Vaccination in Bombay 1924-1928 - 1924-1928
Year: 1924
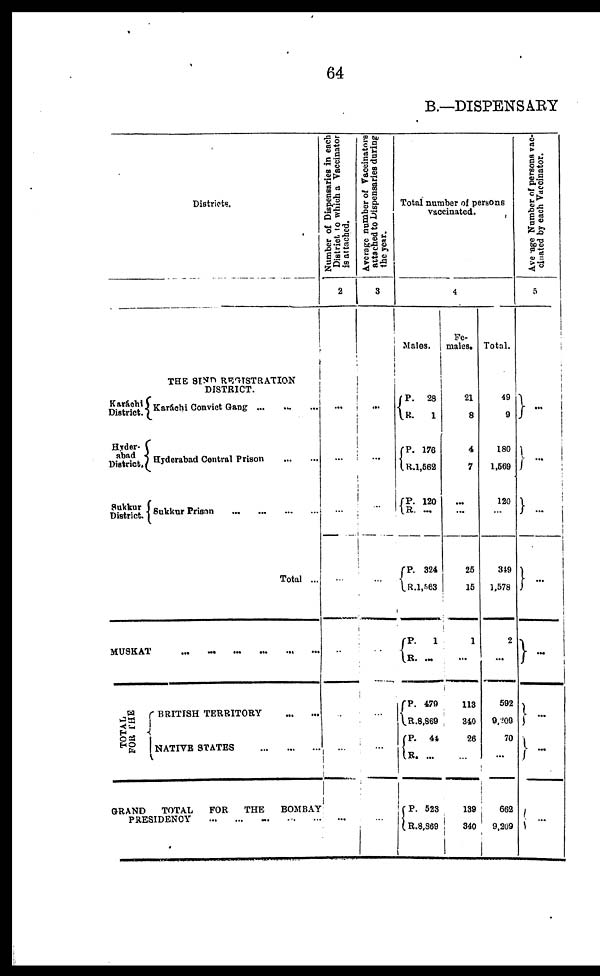
64
B.—DISPENSARY
Districts.
THE SIND REGISTRATION
DISTRICT.
Karáchi
District.
Hyder-
abad
District.
Sukkur
District
Karáchi Convict Gang ... ... ...
Hyderabad Central Prison
...
...
Sukkur Prison
...
...
...
...
Total ...
MUSKAT
...
...
...
...
...
...
TOTAL
FOR THE
BRITISH TERRITORY
...
...
NATIVE STATES
...
...
...
GRAND
TOTAL
FOR
THE
BOMBAY
PRESIDENCY ... ... ... ... ... ...
Number of Dispensaries in each
District to which a Vaccinator
is attached.
2
...
...
...
...
...
...
...
...
Average number of Vaccinators
attached to Dispensaries during
the year.
3
...
...
...
...
...
...
...
...
Total number of persons
vaccinated.
4
Males.
P.
R.
P. R.
P.
R.
P.
R.
P.
R.
P.
R.
P.
R.
P.
R.
28
1
176
1,562
120
...
324
1,563
1
...
479
8,869
44
...
523
8,869
Fe-
males.
21
8
4
7
...
...
25
15
1
...
113
340
26
...
139
340
Total.
49
9
180
1,569
120
...
349
1,578
2
...
592
9,209
70
...
662
9,209
Average Number of persons vac-
cinated by each Vaccinator.
5
...
...
...
...
...
...
...
...